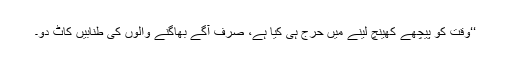
‘‘وقت کو پیچھے کھینچ لینے میں حرج ہی کیا ہے، صرف آگے بھاگنے والوں کی طنابیں کاٹ دو۔